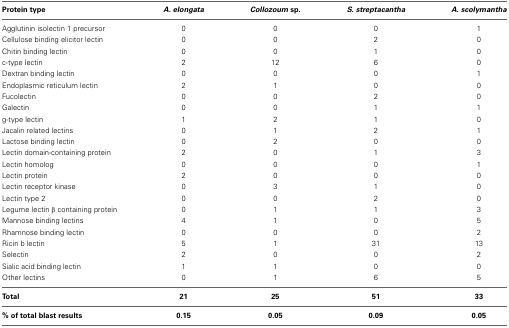
| Protein type | A. elongata | Collozoum sp. | S. streptacantha | A. scolymantha |
 | --- | --- | --- | --- | --- |
 | Agglutinin isolectin 1 precursor | 0 | 0 | 0 | 1 |
 | Cellulose binding elicitor lectin | 0 | 0 | 2 | 0 |
 | Chitin binding lectin | 0 | 0 | 1 | 0 |
 | c-type lectin | 2 | 12 | 6 | 0 |
 | Dextran binding lectin | 0 | 0 | 0 | 1 |
 | Endoplasmic reticulum lectin | 2 | 1 | 0 | 0 |
 | Fucolectin | 0 | 0 | 2 | 0 |
 | Galectin | 0 | 0 | 1 | 1 |
 | g-type lectin | 1 | 2 | 1 | 0 |
 | Jacalin related lectins | 0 | 1 | 2 | 1 |
 | Lactose binding lectin | 0 | 2 | 0 | 0 |
 | Lectin domain-containing protein | 2 | 0 | 1 | 3 |
 | Lectin homolog | 0 | 0 | 0 | 1 |
 | Lectin protein | 2 | 0 | 0 | 0 |
 | Lectin receptor kinase | 0 | 3 | 1 | 0 |
 | Lectin type 2 | 0 | 0 | 2 | 0 |
 | Legume lectin β containing protein | 0 | 1 | 1 | 3 |
 | Mannose binding lectins | 4 | 1 | 0 | 5 |
 | Rhamnose binding lectin | 0 | 0 | 0 | 2 |
 | Ricin b lectin | 5 | 1 | 31 | 13 |
 | Selectin | 2 | 0 | 0 | 2 |
 | Sialic acid binding lectin | 1 | 1 | 0 | 0 |
 | Other lectins | 0 | 1 | 6 | 5 |
 | Total | 21 | 25 | 51 | 33 |
 | % of total blast results | 0.15 | 0.05 | 0.09 | 0.05 |